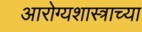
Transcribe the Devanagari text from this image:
आरोग्यशास्त्राच्या